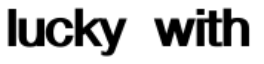
lucky with